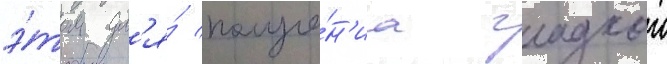
э́том дл'я́ получе́н'иа гладкои